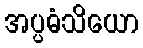
အပ္ပဓံသိယော